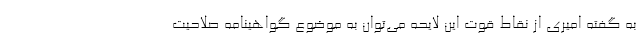
به گفته امیری از نقاط قوت این لایحه می‌توان به موضوع گواهینامه صلاحیت